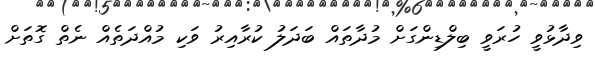
ވިދާޅުވީ ހުރަވީ ބިލްޑިންގަށް މުދާތައް ބަދަލު ކުރާއިރު ވަކި މުއްދަތެއް ނެތް ގޮތަށް